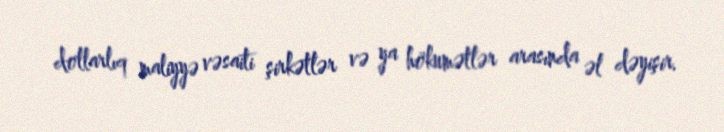
dollarlıq maliyyə vəsaiti şirkətlər və ya hökumətlər arasında əl dəyişir.